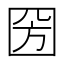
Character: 圀